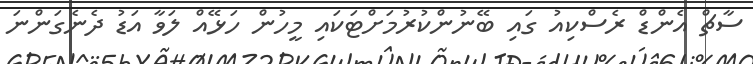
ސާޗް އެންޑް ރެސްކިއު ގައި ބޭނުންކުރުމަށްޓަކައި މީހުން ހަޅޭއް ލަވާ އަޑު ދެނެގަންނަ